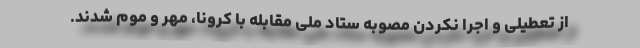
از تعطیلی و اجرا نکردن مصوبه ستاد ملی مقابله با کرونا، مهر و موم شدند.